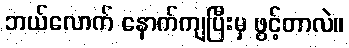
ဘယ်လောက် နောက်ကျပြီးမှ ဖွင့်တာလဲ။